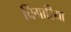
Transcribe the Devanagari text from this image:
चिंगारिया